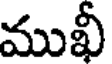
ముఖీ